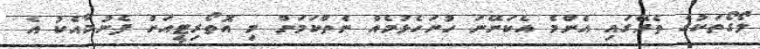
ލޯގޯތަކުގެ ތެރޭގައި އެންމެ އެކަށޭނަ ހުށަހެޅުމެއް ނެތްކަމަށް މި އޮތޯރިޓީއަށް ފެނުމާއެކު އެ